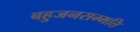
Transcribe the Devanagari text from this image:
बहुजनसम्मति